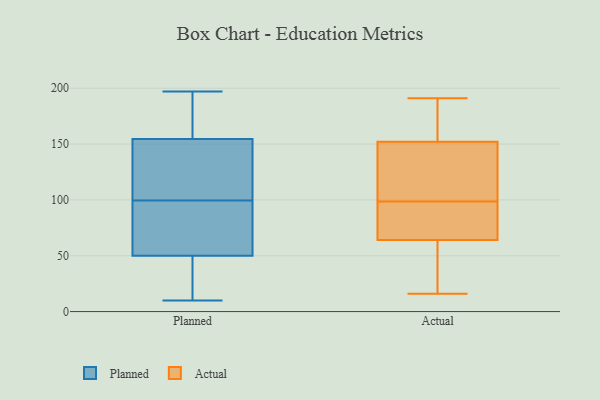
{"axis": {"x": "Inventory Turnover", "y": "Value"}, "legend": ["Actual", "Planned"], "data": [{"x": "", "y": 152, "type": "Planned"}, {"x": "", "y": 53, "type": "Planned"}, {"x": "", "y": 197, "type": "Planned"}, {"x": "", "y": 141, "type": "Planned"}, {"x": "", "y": 44, "type": "Planned"}, {"x": "", "y": 82, "type": "Planned"}, {"x": "", "y": 83, "type": "Planned"}, {"x": "", "y": 161, "type": "Planned"}, {"x": "", "y": 72, "type": "Planned"}, {"x": "", "y": 96, "type": "Planned"}, {"x": "", "y": 106, "type": "Planned"}, {"x": "", "y": 25, "type": "Planned"}, {"x": "", "y": 189, "type": "Planned"}, {"x": "", "y": 162, "type": "Planned"}, {"x": "", "y": 103, "type": "Planned"}, {"x": "", "y": 47, "type": "Planned"}, {"x": "", "y": 10, "type": "Planned"}, {"x": "", "y": 157, "type": "Planned"}, {"x": "", "y": 121, "type": "Planned"}, {"x": "", "y": 29, "type": "Planned"}, {"x": "", "y": 178, "type": "Actual"}, {"x": "", "y": 90, "type": "Actual"}, {"x": "", "y": 142, "type": "Actual"}, {"x": "", "y": 18, "type": "Actual"}, {"x": "", "y": 191, "type": "Actual"}, {"x": "", "y": 159, "type": "Actual"}, {"x": "", "y": 95, "type": "Actual"}, {"x": "", "y": 165, "type": "Actual"}, {"x": "", "y": 31, "type": "Actual"}, {"x": "", "y": 139, "type": "Actual"}, {"x": "", "y": 174, "type": "Actual"}, {"x": "", "y": 145, "type": "Actual"}, {"x": "", "y": 16, "type": "Actual"}, {"x": "", "y": 80, "type": "Actual"}, {"x": "", "y": 17, "type": "Actual"}, {"x": "", "y": 85, "type": "Actual"}, {"x": "", "y": 102, "type": "Actual"}, {"x": "", "y": 65, "type": "Actual"}, {"x": "", "y": 63, "type": "Actual"}, {"x": "", "y": 105, "type": "Actual"}]}